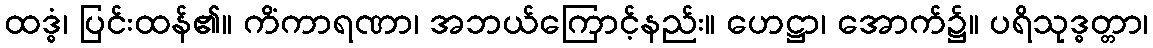
ထဒ္ဓံ၊ ပြင်းထန်၏။ ကိံကာရဏာ၊ အဘယ်ကြောင့်နည်း။ ဟေဋ္ဌာ၊ အောက်၌။ ပရိသုဒ္ဓတ္တာ၊